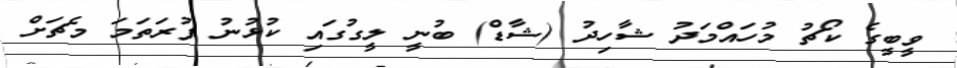
ވީބީގެ ކޯޗު މުހައްމަދު ޝާހިދު (ޝާޑް) ބުނީ ލީގުގައި ކުޅުނު ފުރަތަމަ މެޗަށް